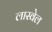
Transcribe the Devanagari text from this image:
लास्वेल